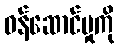
ဝန်ဆောင်မှုကို